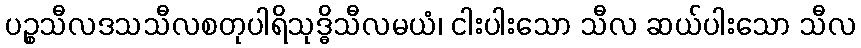
ပဉ္စသီလဒသသီလစတုပါရိသုဒ္ဓိသီလမယံ၊ ငါးပါးသော သီလ ဆယ်ပါးသော သီလ